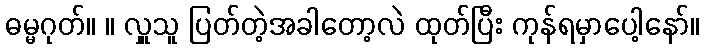
ဓမ္မဂုတ်။ ။ လှူသူ ပြတ်တဲ့အခါတော့လဲ ထုတ်ပြီး ကုန်ရမှာပေါ့နော်။